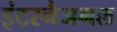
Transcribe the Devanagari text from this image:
इंटरनैजनल